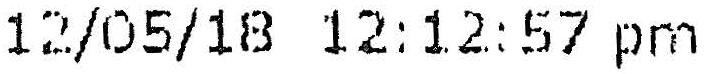
12/05/18 12:12:57 PM